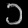
Digit: ၁